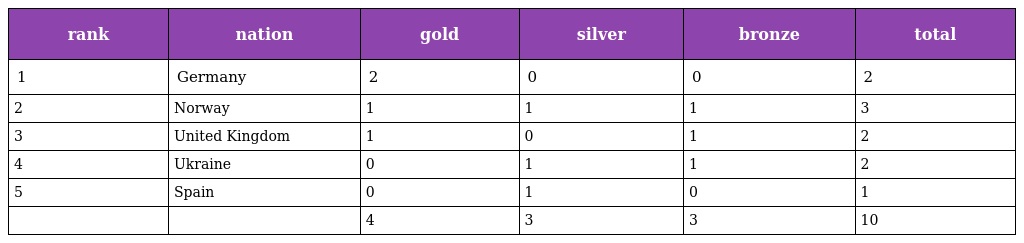
| rank | nation | gold | silver | bronze | total |
 | --- | --- | --- | --- | --- | --- |
 | 1 | Germany | 2 | 0 | 0 | 2 |
 | 2 | Norway | 1 | 1 | 1 | 3 |
 | 3 | United Kingdom | 1 | 0 | 1 | 2 |
 | 4 | Ukraine | 0 | 1 | 1 | 2 |
 | 5 | Spain | 0 | 1 | 0 | 1 |
 |  |  | 4 | 3 | 3 | 10 |